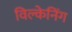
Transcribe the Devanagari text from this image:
विल्केनिंग